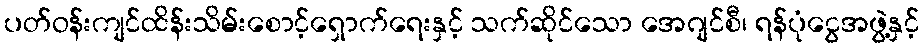
ပတ်ဝန်းကျင်ထိန်းသိမ်းစောင့်ရှောက်ရေးနှင့် သက်ဆိုင်သော အေဂျင်စီ၊ ရန်ပုံငွေအဖွဲ့နှင့်